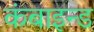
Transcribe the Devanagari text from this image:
कंबाइन्ड